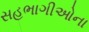
સહભાગીઓના